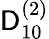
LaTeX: {\mathsf{D}}_{10}^{(2)}